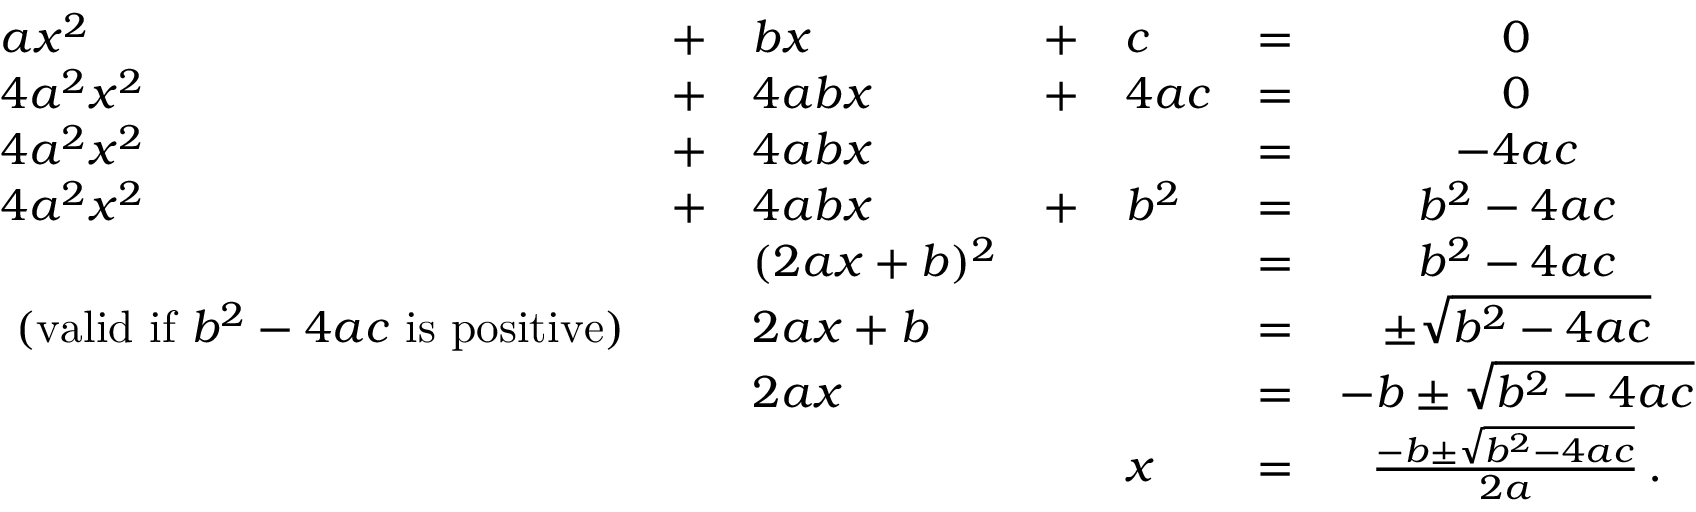
{ \begin{array} { l l l l l l c } { a x ^ { 2 } } & { + } & { b x } & { + } & { c } & { = } & { 0 } \\ { 4 a ^ { 2 } x ^ { 2 } } & { + } & { 4 a b x } & { + } & { 4 a c } & { = } & { 0 } \\ { 4 a ^ { 2 } x ^ { 2 } } & { + } & { 4 a b x } & & & { = } & { - 4 a c } \\ { 4 a ^ { 2 } x ^ { 2 } } & { + } & { 4 a b x } & { + } & { b ^ { 2 } } & { = } & { b ^ { 2 } - 4 a c } \\ & & { ( 2 a x + b ) ^ { 2 } } & & & { = } & { b ^ { 2 } - 4 a c } \\ { { \mathrm { ~ ( v a l i d ~ i f ~ } } b ^ { 2 } - 4 a c { \mathrm { ~ i s ~ p o s i t i v e ) } } } & & { 2 a x + b } & & & { = } & { \pm { \sqrt { b ^ { 2 } - 4 a c } } } \\ & & { 2 a x } & & & { = } & { - b \pm { \sqrt { b ^ { 2 } - 4 a c } } } \\ & & & & { x } & { = } & { { \frac { - b \pm { \sqrt { b ^ { 2 } - 4 a c } } } { 2 a } } \, . } \\ { \, } \end{array} }